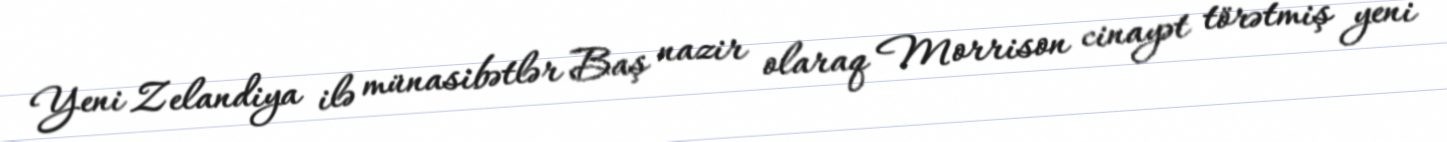
Yeni Zelandiya ilə münasibətlər Baş nazir olaraq Morrison cinayət törətmiş yeni